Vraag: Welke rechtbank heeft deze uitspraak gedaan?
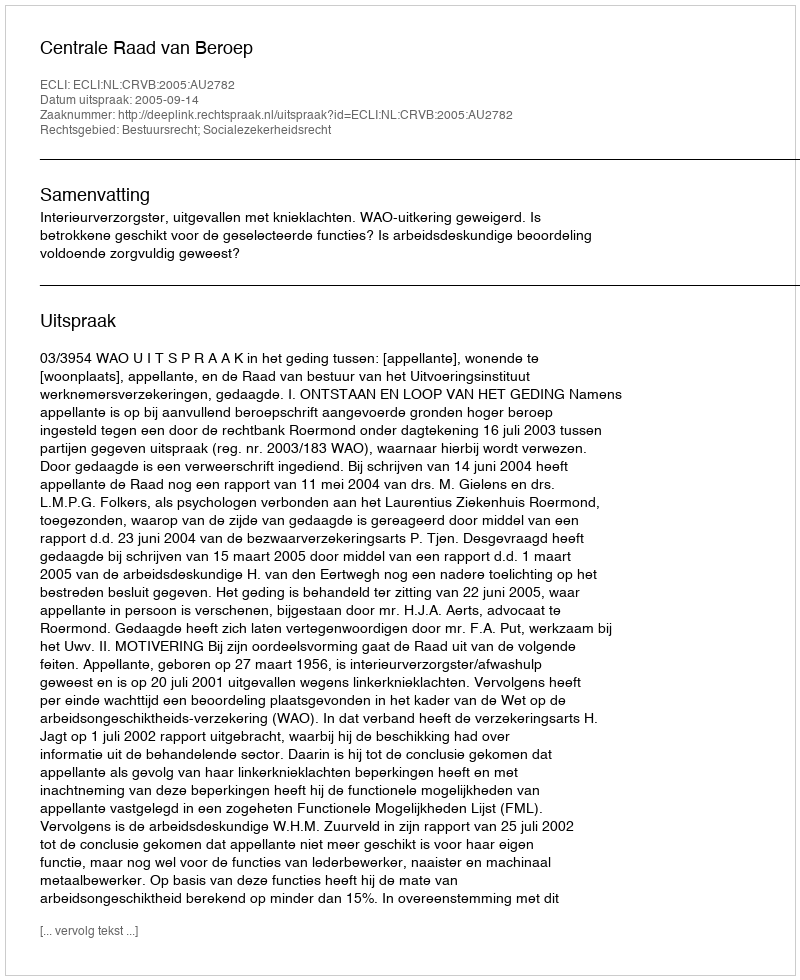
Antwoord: Centrale Raad van Beroep